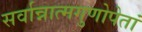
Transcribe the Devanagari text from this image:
सर्वान्नात्मगुणोपेतां